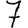
Digit: 7